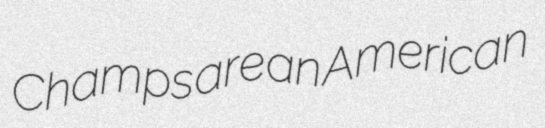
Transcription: Champs are an American